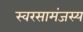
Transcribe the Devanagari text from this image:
स्वरसामंजस्य